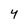
Character: y